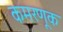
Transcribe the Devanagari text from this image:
कमरणूक